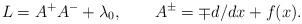
LaTeX: \begin{align*}L=A^+A^-+\lambda_0, \qquad A^\pm=\mp d/dx +f(x).\end{align*}